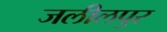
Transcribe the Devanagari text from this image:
जलीलपुर